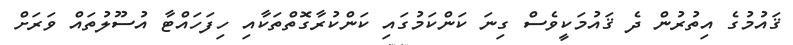
ޤައުމުގެ އިތުރުން ދެ ޤައުމަކީވެސް ގިނަ ކަންކަމުގައި ކަންކުރާގޮތްތަކާއި ހިފަހައްޓާ އުސޫލުތައް ވަރަށް